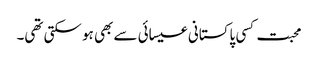
محبت کسی پاکستانی عیسائی سے بھی ہو سکتی تھی۔